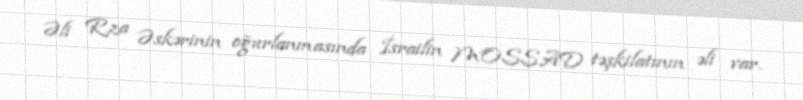
Əli Rza Əskərinin oğurlanmasında İsrailin MOSSAD təşkilatının əli var.